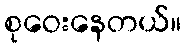
စုဝေးနေတယ်။